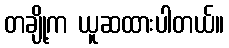
တချို့က ယူဆထားပါတယ်။